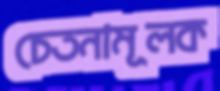
চেতনামূলক